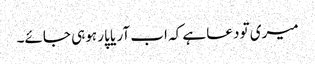
میری تو دعا ہے کہ اب آر یا پار ہوہی جائے۔